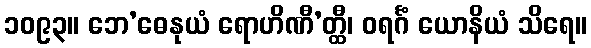
၁၀၉၃။ ဘေ’ဓေနုယံ ရောဟိဏီ’တ္ထီ၊ ဝရင်္ဂံ ယောနိယံ သိရေ။